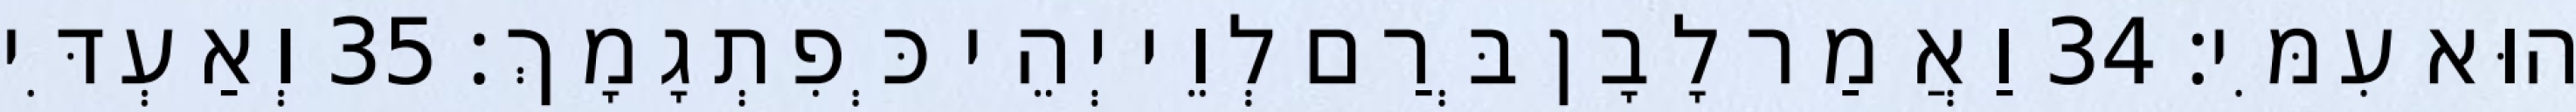
הוּא עִמִּי׃ 34 וַאֲמַר לָבָן בְּרַם לְוֵי יְהֵי כְּפִתְגָמָךְ׃ 35 וְאַעְדִּי